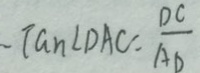
\tan \angle D A C = \frac { D C } { A D }